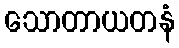
သောတာယတနံ